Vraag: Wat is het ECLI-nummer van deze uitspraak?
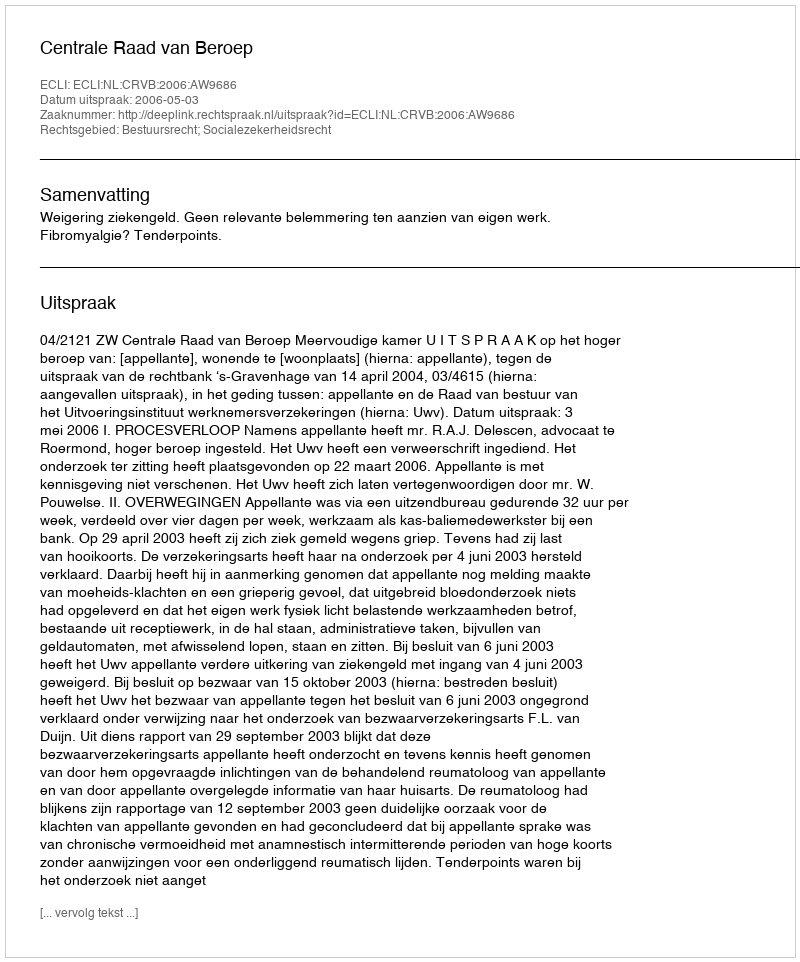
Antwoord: ECLI:NL:CRVB:2006:AW9686